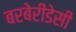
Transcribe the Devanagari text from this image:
बरबेरीडेसी